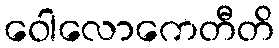
ဝေါလောကေတီတိ